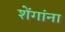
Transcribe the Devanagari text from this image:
शेंगांना